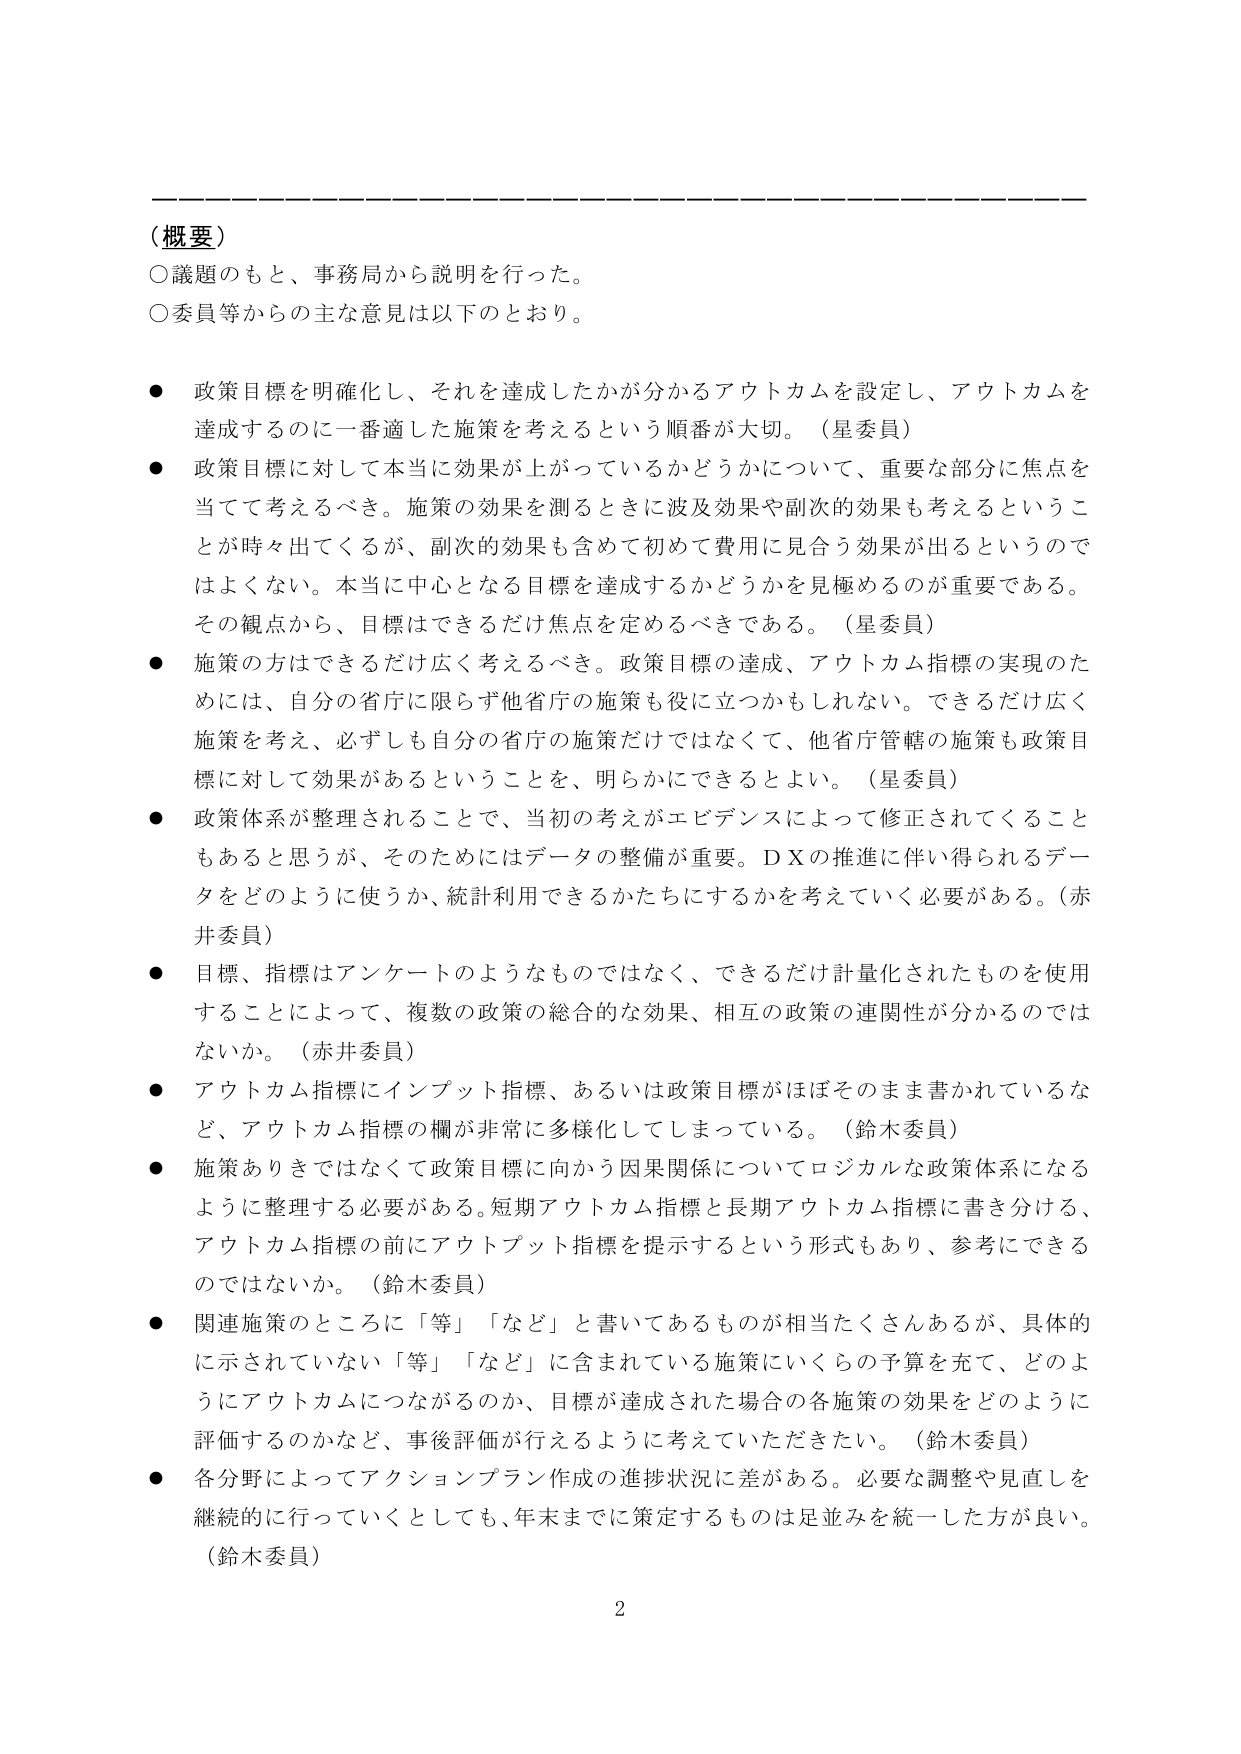
（概要）

○議題のもと、事務局から説明を行った。
○委員等からの主な意見は以下のとおり。

● 政策目標を明確化し、それを達成したかが分かるアウトカムを設定し、アウトカムを達成するのに一番適した施策を考えるという順番が大切。（星委員）

● 政策目標に対して本当に効果が上がっているかどうかについて、重要な部分に焦点を当てて考えるべき。施策の効果を測るときに波及効果や副次的効果も考えるということが時々出てくるが、副次的効果も含めて初めて費用に見合う効果が出るというのではよくない。本当に中心となる目標を達成するかどうかを見極めるのが重要である。その観点から、目標はできるだけ焦点を定めるべきである。（星委員）

● 施策の方はできるだけ広く考えるべき。政策目標の達成、アウトカム指標の実現のためには、自分の省庁に限らず他省庁の施策も役に立つかもしれない。できるだけ広く施策を考え、必ずしも自分の省庁の施策だけではなくて、他省庁管轄の施策も政策目標に対して効果があるということを、明らかにできるとよい。（星委員）

● 政策体系が整理されることで、当初の考えがエビデンスによって修正されてくることもあると思うが、そのためにはデータの整備が重要。ＤＸの推進に伴い得られるデータをどのように使うか、統計利用できるかたちにするかを考えていく必要がある。（赤井委員）

● 目標、指標はアンケートのようなものではなく、できるだけ計量化されたものを使用することによって、複数の政策の総合的な効果、相互の政策の連関性が分かるのではないか。（赤井委員）

● アウトカム指標にインプット指標、あるいは政策目標がほぼそのまま書かれているなど、アウトカム指標の欄が非常に多様化してしまっている。（鈴木委員）

● 施策ありきではなくて政策目標に向かう因果関係についてロジカルな政策体系になるように整理する必要がある。短期アウトカム指標と長期アウトカム指標に書き分ける、アウトカム指標の前にアウトプット指標を提示するという形式もあり、参考にできるのではないか。（鈴木委員）

● 関連施策のところに「等」「など」と書いてあるものが相当たくさんあるが、具体的に示されていない「等」「など」に含まれている施策にいくらの予算を充て、どのようにアウトカムにつながるのか、目標が達成された場合の各施策の効果をどのように評価するのかなど、事後評価が行えるように考えていただきたい。（鈴木委員）

● 各分野によってアクションプラン作成の進捗状況に差がある。必要な調整や見直しを継続的に行っていくとしても、年末までに策定するものは足並みを統一した方が良い。（鈴木委員）

2